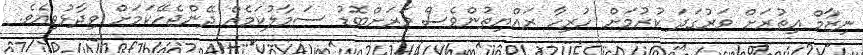
ނިޒާމް އިތުރަށް ވަރުގަދަ ކުރުމަށް ހުރިހާ ރައްޔިތުންވެސް ވަރަށްބޮޑު ސަމާލުކަމެއް ދޭންޖެހޭކަމަށް ވިދާޅުވިއެވެ.